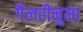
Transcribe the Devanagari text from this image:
गैलरीनुमा